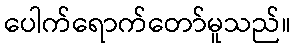
ပေါက်ရောက်တော်မူသည်။